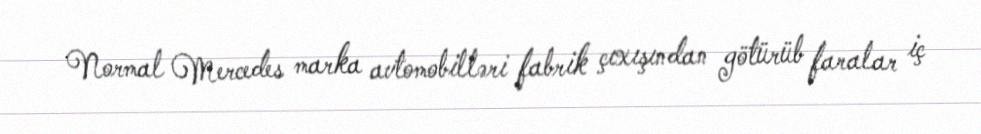
Normal Mercedes marka avtomobilləri fabrik çıxışından götürüb faralar iç